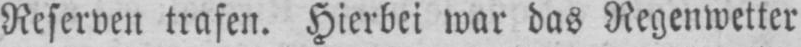
Reserven trafen. Hierbei war das Regenwetter